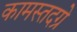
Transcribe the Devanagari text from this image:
कामस्तदग्रे